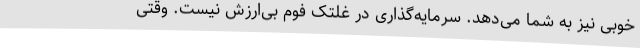
خوبی نیز به شما می‌دهد. سرمایه‌گذاری در غلتک فوم بی‌ارزش نیست. وقتی